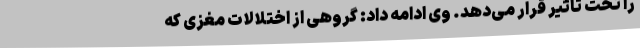
را تحت تاثیر قرار می‌دهد. وی ادامه داد: گروهی از اختلالات مغزی که